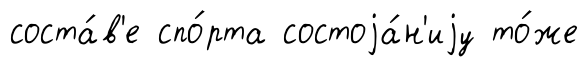
соста́в'е спо́рта состоjа́н'иjу то́же